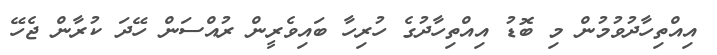
އިއްތިހާދުވުމުން މި ބޮޑު އިއްތިހާދުގެ ހުރިހާ ބައިވެރީން ރުއްސަން ހޭދަ ކުރާން ޖެހޭ